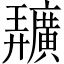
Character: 𢌌